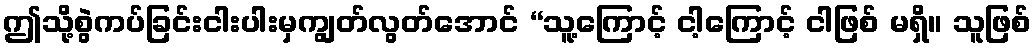
ဤသို့စွဲကပ်ခြင်းငါးပါးမှကျွတ်လွတ်အောင် “သူ့ကြောင့် ငါ့ကြောင့် ငါဖြစ် မရှိ။ သူဖြစ်